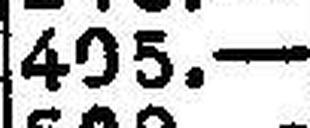
405.—